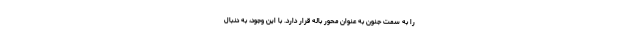
را به سمت جنون به عنوان محور باله قرار دارد. با این وجود، به دنبال